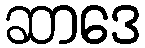
ဆာဒေ